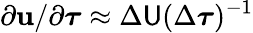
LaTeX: {\partial\boldsymbol{\mathbf{u}}}/{\partial\boldsymbol{\tau}}\approx\Delta\mathsf{{U}}(\Delta\boldsymbol{\tau})^{-1}